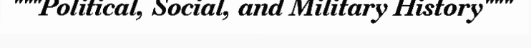
"""Political, Social, and Military History"""